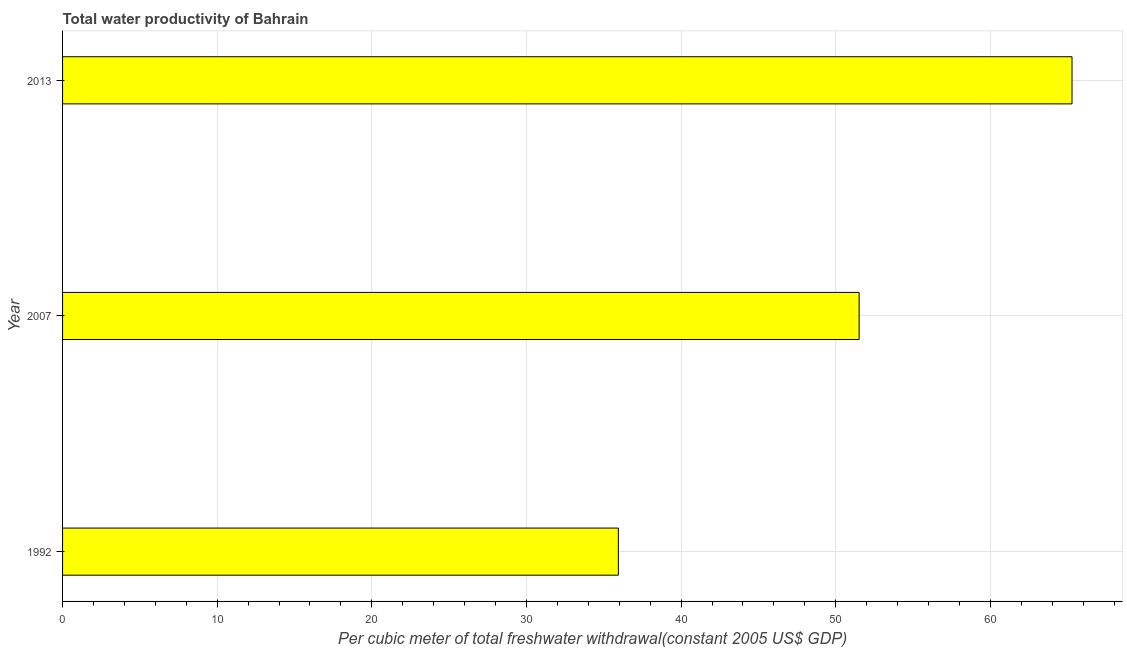
| Year | Water productivity |
 | --- | --- |
 | 1992 | 35.9 |
 | 2007 | 51.5 |
 | 2013 | 65.3 |